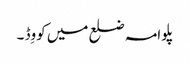
پلوامہ ضلع میں کووِڈ ۔